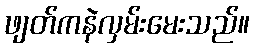
ဖျတ်ကနဲလှမ်းမေးသည်။